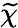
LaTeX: \widetilde\chi